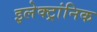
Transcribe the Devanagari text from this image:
इलेक्ट्रांनिक